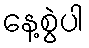
နေ့စွဲပါ